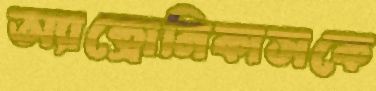
অ্যান্ড্রোনিকাসকে